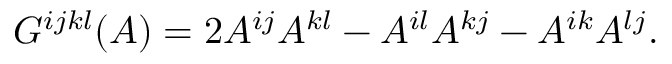
G ^ { i j k l } ( A ) = 2 A ^ { i j } A ^ { k l } - A ^ { i l } A ^ { k j } - A ^ { i k } A ^ { l j } .